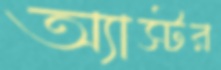
অ্যাস্টর